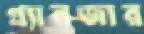
গ্র্যানজার